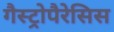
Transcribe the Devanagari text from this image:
गैस्ट्रोपैरेसिस